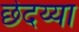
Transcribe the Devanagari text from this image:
छेदय्या